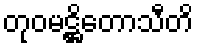
တုဝမဋ္ဌိတောသီတိ